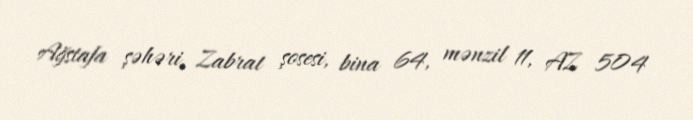
Ağstafa şəhəri, Zabrat şosesi, bina 64, mənzil 11, AZ 504